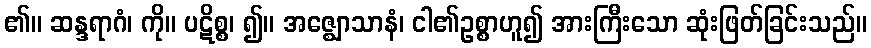
၏။ ဆန္ဒရာဂံ၊ ကို။ ပဋိစ္စ၊ ၍။ အဇ္ဈောသာနံ၊ ငါ၏ဥစ္စာဟူ၍ အားကြီးသော ဆုံးဖြတ်ခြင်းသည်။